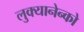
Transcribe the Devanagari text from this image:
लुक्यानेन्को